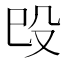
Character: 㱼